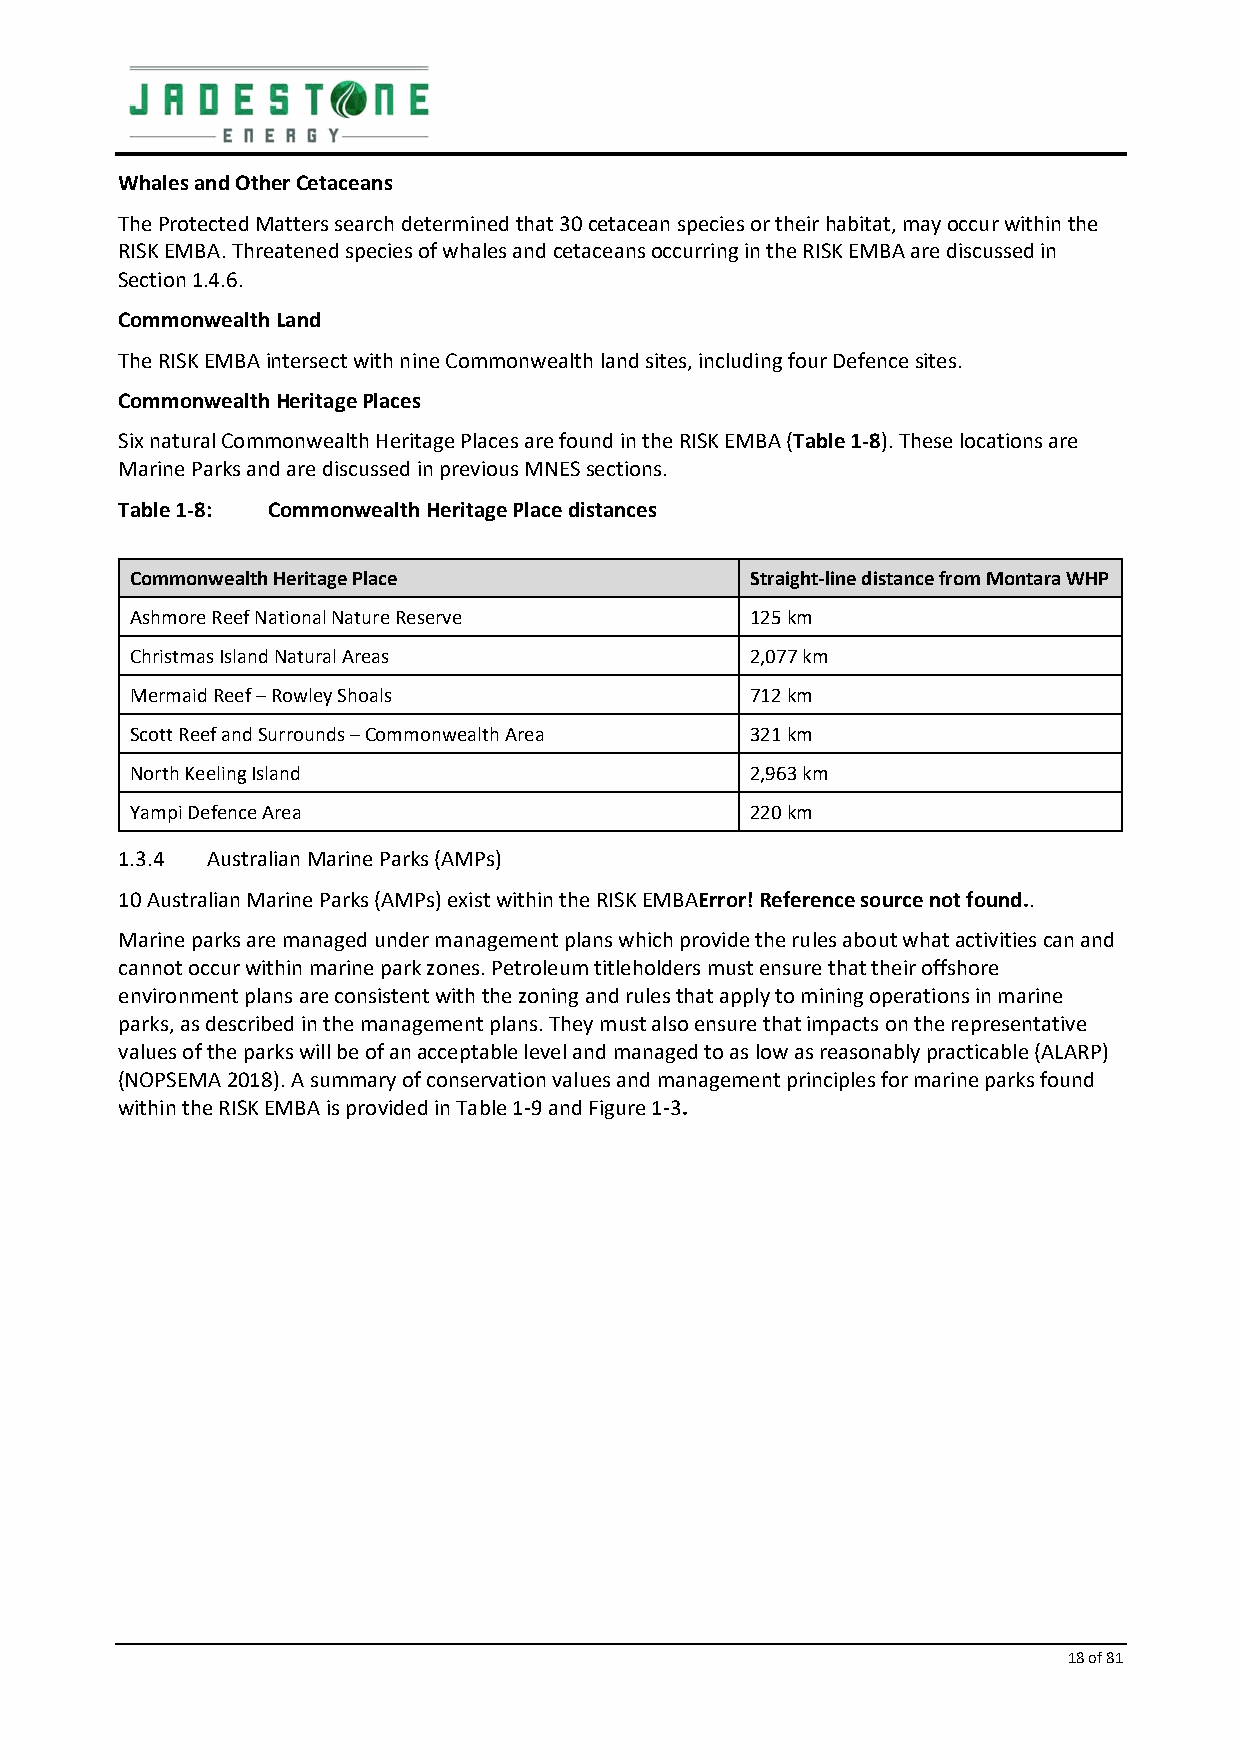
Whales and Other Cetaceans
 The Protected Matters search determined that 30 cetacean species or their habitat, may occur within the
 RISK EMBA. Threatened species of whales and cetaceans occurring in the RISK EMBA are discussed in
 Section 1.4.6.
 Commonwealth Land
 The RISK EMBA intersect with nine Commonwealth land sites, including four Defence sites.
 Commonwealth Heritage Places
 Six natural Commonwealth Heritage Places are found in the RISK EMBA (Table 1‐8). These locations are
 Marine Parks and are discussed in previous MNES sections.
 Table 1‐8: Commonwealth Heritage Place distances
 Commonwealth Heritage Place              Straight‐line distance from Montara WHP
 Ashmore Reef National Nature Reserve     125 km
 Christmas Island Natural Areas           2,077 km
 Mermaid Reef – Rowley Shoals             712 km
 Scott Reef and Surrounds – Commonwealth Area 321 km
 North Keeling Island                     2,963 km
 Yampi Defence Area                       220 km
 1.3.4 Australian Marine Parks (AMPs)
 10 Australian Marine Parks (AMPs) exist within the RISK EMBAError! Reference source not found..
 Marine parks are managed under management plans which provide the rules about what activities can and
 cannot occur within marine park zones. Petroleum titleholders must ensure that their offshore
 environment plans are consistent with the zoning and rules that apply to mining operations in marine
 parks, as described in the management plans. They must also ensure that impacts on the representative
 values of the parks will be of an acceptable level and managed to as low as reasonably practicable (ALARP)
 (NOPSEMA 2018). A summary of conservation values and management principles for marine parks found
 within the RISK EMBA is provided in Table 1‐9 and Figure 1‐3.
 18 of 81